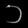
Digit: ၁